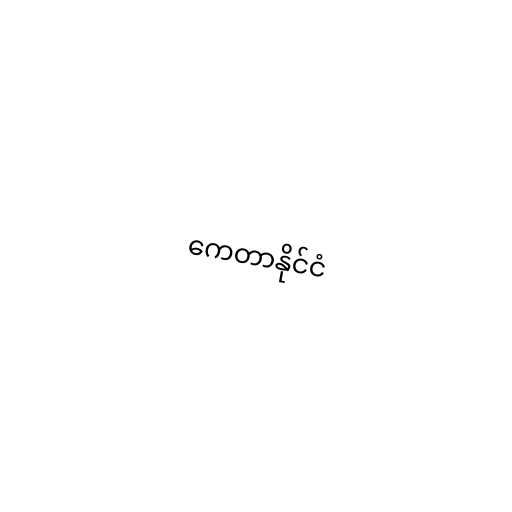
ကေတာနိုင်ငံ